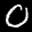
Label: 0